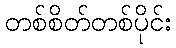
တစ်စိတ်တစ်ပိုင်း